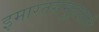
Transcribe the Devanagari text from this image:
इमारतसमूहासाठी